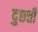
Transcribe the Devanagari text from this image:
दुछत्ती